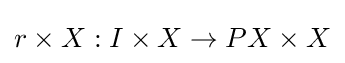
r\times X:I\times X\to PX\times X